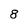
Character: 8